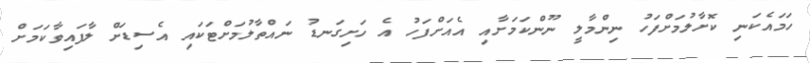
ހަމައެކަނި ކޮށާލުމަށްފަހު ނިންމާލީ ނޫންކަމަށާއި އެއަށްފަހު އެ ހަށިގަނޑު ނައްތާލުމަށްޓަކައި އެސިޑަށް ލާފައިވާކަމަށް